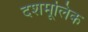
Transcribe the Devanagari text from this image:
दशमूलिक